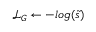
\mathcal { L } _ { G } \gets - l o g ( \tilde { s } )